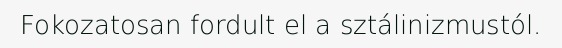
Fokozatosan fordult el a sztálinizmustól.